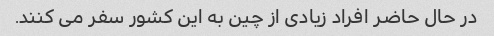
در حال حاضر افراد زیادی از چین به این کشور سفر می کنند.